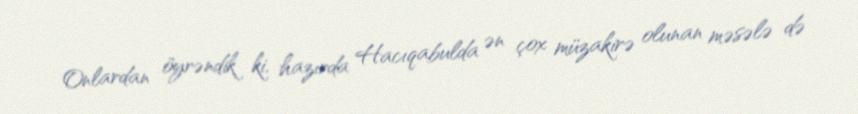
Onlardan öyrəndik ki, hazırda Hacıqabulda ən çox müzakirə olunan məsələ də